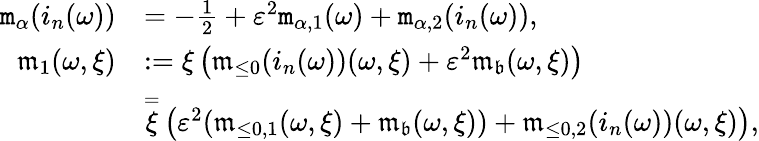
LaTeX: \begin{array}{rl}{\mathtt{m}_{\alpha}(i_{n}(\omega))}&{=-\frac{1}{2}+\varepsilon^{2}\mathtt{m}_{\alpha,1}(\omega)+\mathtt{m}_{\alpha,2}(i_{n}(\omega)),}\\ {\mathfrak{m}_{1}(\omega,\xi)}&{:=\xi\left(\mathfrak{m}_{\le 0}(i_{n}(\omega))(\omega,\xi)+\varepsilon^{2}\mathfrak{m}_{\mathfrak{b}}(\omega,\xi)\right)}\\ &{\overset=\xi\left(\varepsilon^{2}(\mathfrak{m}_{\le 0,1}(\omega,\xi)+\mathfrak{m}_{\mathfrak{b}}(\omega,\xi))+\mathfrak{m}_{\le 0,2}(i_{n}(\omega))(\omega,\xi)\right),}\end{array}